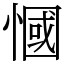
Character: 慖